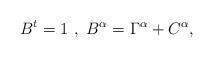
LaTeX: \begin{align*}B^{t}=1~,~B^{\alpha }=\Gamma ^{\alpha }+C^{\alpha },\end{align*}